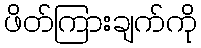
ဖိတ်ကြားချက်ကို